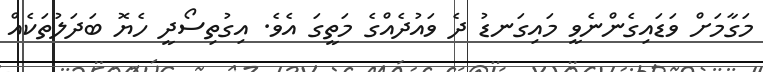
މަގާމަށް ވަޑައިގެންނެވީ މައިގަނޑު ދެ ވައުދެއްގެ މަތީގަ އެވެ. އިގުތިސޯދީ ހެޔޮ ބަދަލުތަކެއް